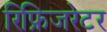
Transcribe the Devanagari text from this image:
रिफ्रिजरेटर